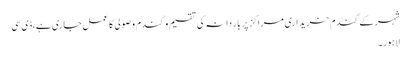
شہرکے گندم خریداری مراکز پر بار دانہ کی تقسیم و گندم وصولی کا عمل جاری ہے،ڈی سی
لاہور۔